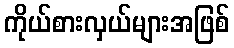
ကိုယ်စားလှယ်များအဖြစ်